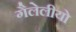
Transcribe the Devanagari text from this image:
गैलेलीयो